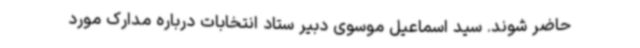
حاضر شوند. سید اسماعیل موسوی دبیر ستاد انتخابات درباره مدارک مورد